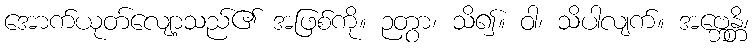
အောက်ယုတ်လျော့သည်၏ အဖြစ်ကို။ ဉတွာ၊ သိ၍။ ဝါ၊ သိပါလျက်။ အဗ္ဘေန္တိ၊